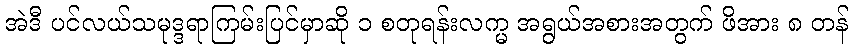
အဲဒီ ပင်လယ်သမုဒ္ဒရာကြမ်းပြင်မှာဆို ၁ စတုရန်းလက္မ အရွယ်အစားအတွက် ဖိအား ၈ တန်